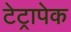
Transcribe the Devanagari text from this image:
टेट्रापेक